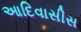
આદિવાસીસ